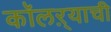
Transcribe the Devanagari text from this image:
कॉलऱ्याची